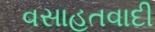
વસાહતવાદી